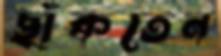
ছাঁকতেন